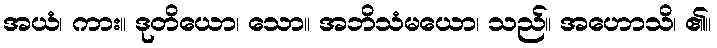
အယံ၊ ကား။ ဒုတိယော၊ သော။ အဘိသံမယော၊ သည်။ အဟောသိ၊ ၏။